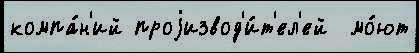
компа́н'ий проjизвод'и́т'ел'ей  мо́ют